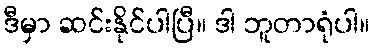
ဒီမှာ ဆင်းနိုင်ပါပြီ။ ဒါ ဘူတာရုံပါ။